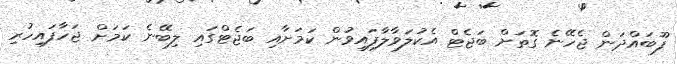
ފޫބައްދަން ޖެހޭނެ ގޮތަށް ބަޖެޓް އެކުލަވާލާފައިވުން ކަމަށާއި ބަޖެޓްގައި ލިބޭނެ ކަމަށް ޖަހާފައިހުރި